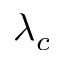
\lambda _ { c }